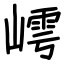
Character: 嶀